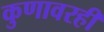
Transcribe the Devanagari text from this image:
कुणावरही